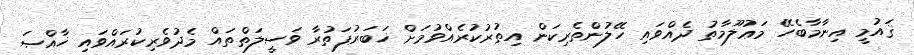
ޤައުމީ އިނާމާބެހޭ މަޢުލޫމާތު ދެއްވައި ހޭލުންތެރިކަން އިތުރުކުރެއްވުމަށް ޚަބަރުފަތުރާ ވަސީލަތްތައް މެދުވެރިކުރައްވައި ޚާއްޞަ